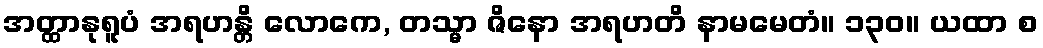
အတ္ထာနုရူပံ အရဟန္တိ လောကေ, တသ္မာ ဇိနော အရဟတိ နာမမေတံ။ ၁၃၀။ ယထာ စ